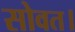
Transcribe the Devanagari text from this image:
सोवत।